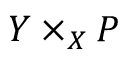
Y \times _ { X } P